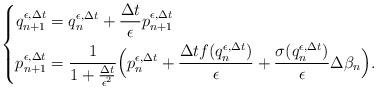
LaTeX: \begin{align*}\left\lbrace\begin{aligned}q_{n+1}^{\epsilon,\Delta t}&=q_n^{\epsilon,\Delta t}+\frac{\Delta t}{\epsilon}p_{n+1}^{\epsilon,\Delta t}\\p_{n+1}^{\epsilon,\Delta t}&=\frac{1}{1+\frac{\Delta t}{\epsilon^2}}\Bigl(p_n^{\epsilon,\Delta t}+\frac{\Delta tf(q_n^{\epsilon,\Delta t})}{\epsilon}+\frac{\sigma(q_n^{\epsilon,\Delta t})}{\epsilon}\Delta\beta_n\Bigr).\end{aligned}\right.\end{align*}